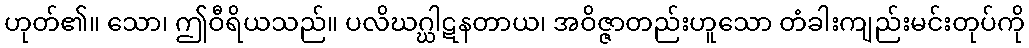
ဟုတ်၏။ သော၊ ဤဝီရိယသည်။ ပလိဃဂ္ဃါဋနတာယ၊ အဝိဇ္ဇာတည်းဟူသော တံခါးကျည်းမင်းတုပ်ကို